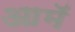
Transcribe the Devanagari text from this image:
आमॅ